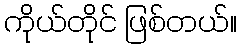
ကိုယ်တိုင် ဖြစ်တယ်။